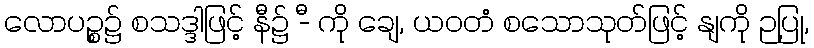
လောပဉ္စ၌ စသဒ္ဒါဖြင့် နီ၌ -ီ ကို ချေ, ယဝတံ စသောသုတ်ဖြင့် နျကို ဉပြု,